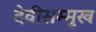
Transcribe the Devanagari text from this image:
देवीसम्मुख